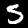
Digit: 5